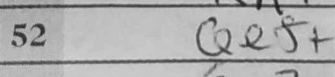
Transcription: Qe5+